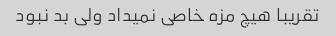
تقریبا هیچ مزه خاصی نمیداد ولی بد نبود